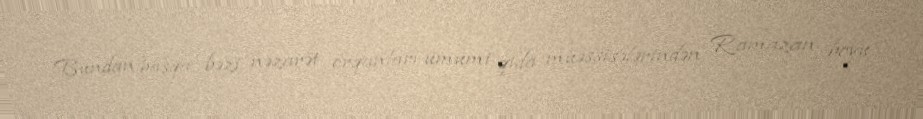
Bundan başqa, bəzi nəzarət orqanları ümumi qida müəssisələrindən Ramazan boyu